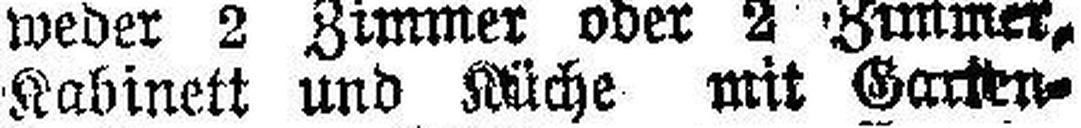
Kabinett und Küche mit Garken¬